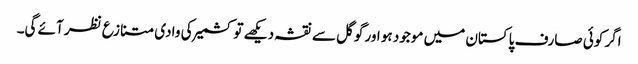
اگر کوئی صارف پاکستان میں موجود ہو اور گوگل سے نقشہ دیکھے تو کشمیر کی وادی متنازع نظر آئے گی۔